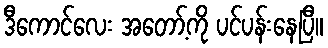
ဒီကောင်လေး အတော့်ကို ပင်ပန်းနေပြီ။